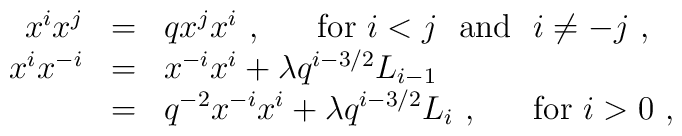
\begin{array}{rcl}x^ix^j&=&qx^jx^i~,~~~~~{\rm for}~i<j~ ~{\rm and}~~i\not=-j~,\\x^ix^{-i}&=&x^{-i}x^i+\lambda q^{i-3/2}L_{i-1}\\         &=&q^{-2}x^{-i}x^i+\lambda q^{i-3/2}L_i~,~~~~~{\rm for}~i>0~,\end{array}